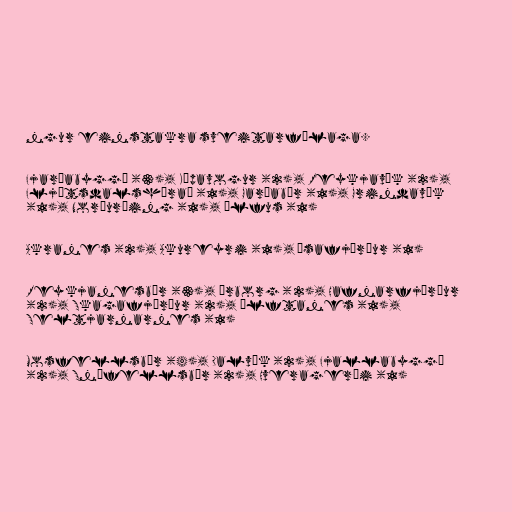
ngur einstakra sveitarfélaga.

Fjarðabyggð (3), Kópavogur (2), Reykjavík (2),
Fljótsdalshérað (1), Garðabær (1), Grindavík
(1), Norðurþing (1), Ölfus (1)

Akranes (2), Akureyri (1), Ísafjörður (1)

Reykjanesbær (3), Árborg (2), Hafnarfjörður
(2), Skagafjörður (2), Álftanes (1),
Seltjarnarnes (1)

Mosfellsbær (4), Dalvík (2), Fjallabyggð
(2), Snæfellsbær (2), Hveragerði (1)